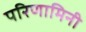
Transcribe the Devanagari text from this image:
परिणामिनी